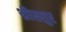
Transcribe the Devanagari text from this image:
थ्रीस्सुर